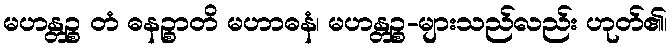
မဟန္တဉ္စ တံ ဓနဉ္စာတိ မဟာဓနံ၊ မဟန္တဉ္စ-များသည်လည်း ဟုတ်၏၊